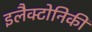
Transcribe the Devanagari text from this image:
इलैक्टोनिकी